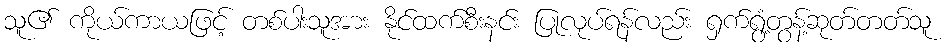
သူ၏ ကိုယ်ကာယဖြင့် တစ်ပါးသူအား နိုင်ထက်စီးနင်း ပြုလုပ်ရန်လည်း ရှက်ရွံ့တွန့်ဆုတ်တတ်သူ